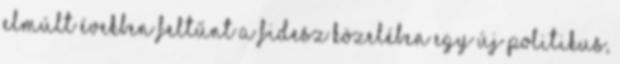
elmúlt években feltűnt a Fidesz közelében egy új politikus,